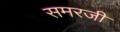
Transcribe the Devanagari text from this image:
समरजी